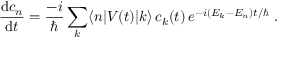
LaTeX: { \frac { \mathrm { d } c _ { n } } { \mathrm { d } t } } = { \frac { - i } { \hbar } } \sum _ { k } \langle n | V ( t ) | k \rangle \, c _ { k } ( t ) \, e ^ { - i ( E _ { k } - E _ { n } ) t / \hbar } ~ .